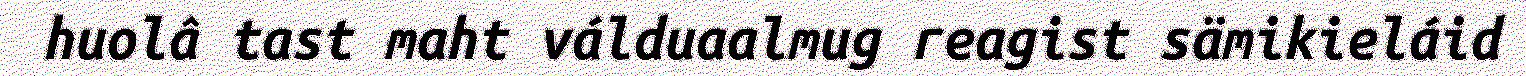
huolâ tast maht válduaalmug reagist sämikieláid